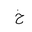
Letter: _kha